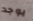
يوجد